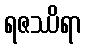
ရဇဿိရာ